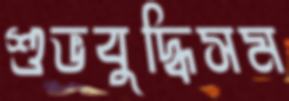
শুভবুদ্ধিসম